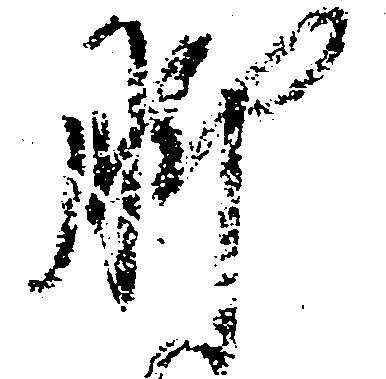
脚